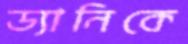
ড্যানিকে